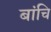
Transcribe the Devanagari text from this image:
बांचि